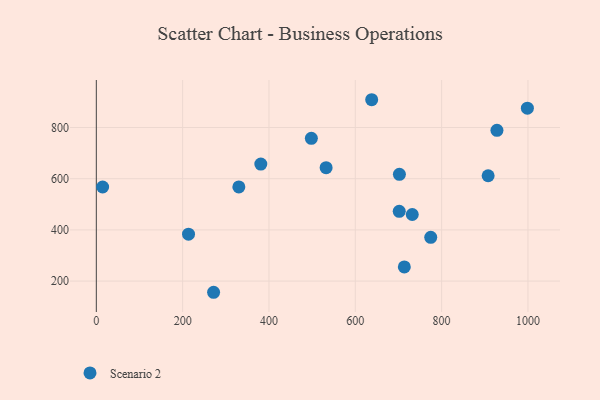
{"axis": {"x": "Investment", "y": "Exam Score"}, "legend": ["Scenario 2"], "data": [{"x": "271.7", "y": 156.3, "type": "Scenario 2"}, {"x": "928.2", "y": 788.8, "type": "Scenario 2"}, {"x": "638.0", "y": 908.5, "type": "Scenario 2"}, {"x": "701.8", "y": 472.5, "type": "Scenario 2"}, {"x": "702.2", "y": 617.1, "type": "Scenario 2"}, {"x": "498.2", "y": 757.7, "type": "Scenario 2"}, {"x": "330.2", "y": 567.7, "type": "Scenario 2"}, {"x": "774.8", "y": 370.9, "type": "Scenario 2"}, {"x": "213.6", "y": 383.4, "type": "Scenario 2"}, {"x": "998.7", "y": 875.6, "type": "Scenario 2"}, {"x": "532.4", "y": 642.9, "type": "Scenario 2"}, {"x": "713.6", "y": 255.4, "type": "Scenario 2"}, {"x": "732.0", "y": 460.2, "type": "Scenario 2"}, {"x": "381.1", "y": 657.0, "type": "Scenario 2"}, {"x": "14.6", "y": 567.6, "type": "Scenario 2"}, {"x": "907.8", "y": 611.6, "type": "Scenario 2"}]}